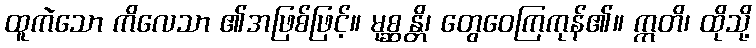
ထူကဲသော ကိလေသာ ၏အဖြစ်ဖြင့်။ မုစ္ဆန္တိ၊ တွေဝေကြကုန်၏။ ဣတိ၊ ထိုသို့